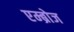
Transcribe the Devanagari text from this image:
एम्ब्रोज